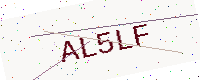
Text: AL5LF